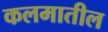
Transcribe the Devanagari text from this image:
कलमातील